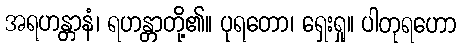
အရဟန္တာနံ၊ ရဟန္တာတို့၏။ ပုရတော၊ ရှေးရှု။ ပါတုရဟော